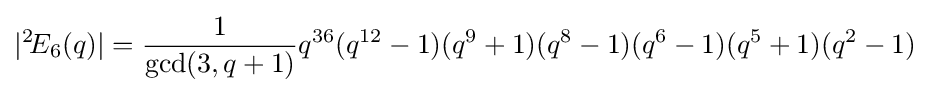
|{}^{2}\!E_{6}(q)|={\frac {1}{\mathrm {gcd} (3,q+1)}}q^{36}(q^{12}-1)(q^{9}+1)(q^{8}-1)(q^{6}-1)(q^{5}+1)(q^{2}-1)